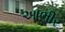
આભીર